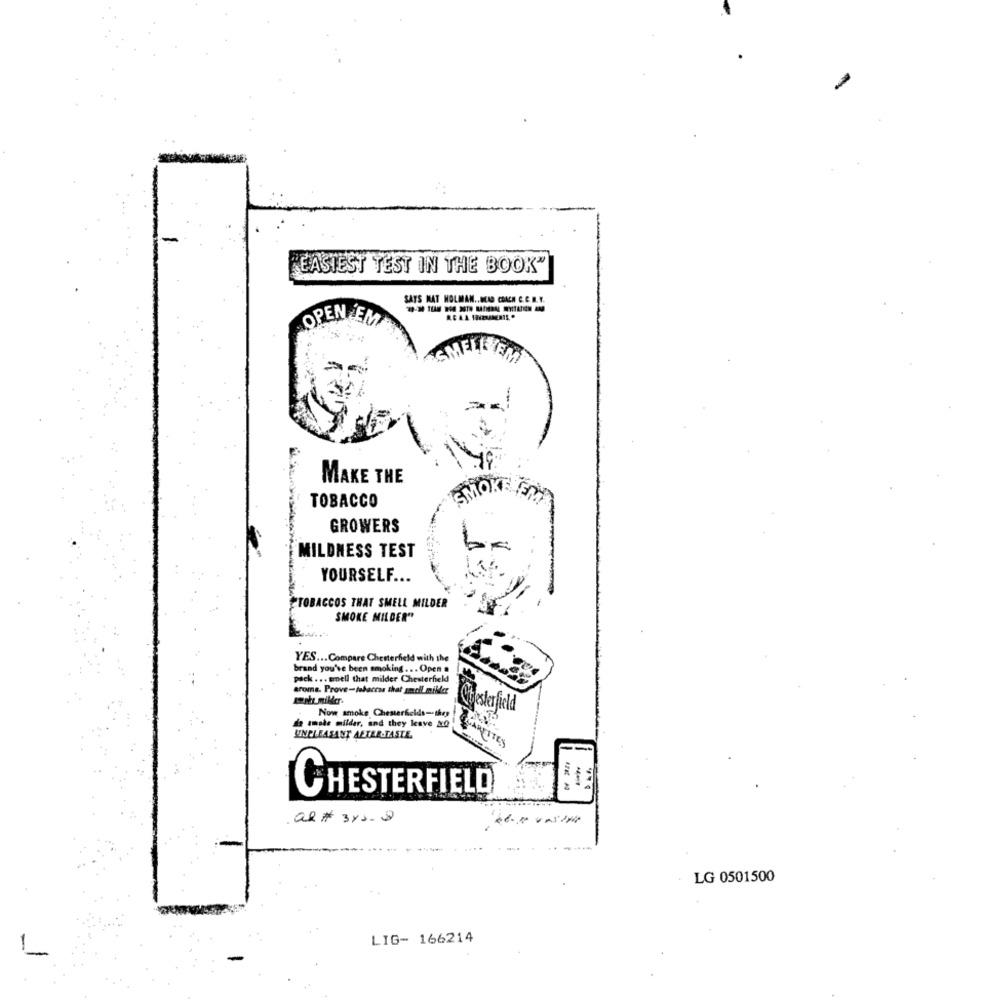
-
EASIEST TEST IN THE BOOK"
SATS MAT HOLMAN .. MCAD COACH C.C.N.Y.
OPEN EMP
SMELLYEM
MAKE THE
JOKE
TOBACCO
GROWERS
MILDNESS TEST
YOURSELF ...
CCOS THAT SMELL MILDER
SMOKE MILDER"
YES ... Compare Chesterfield with the
brand you've been smoking ... Open a
pack ... smell that milder Chesterfield
aroma. Prove-tabaccas that padl miller
Now smoke Chesterfields-they
Chesterfield
de smale milder, and they leave NO
UNPLEASANT AFTER-TASTE.
CARPETES
-
CHESTERFIELD
al # 345.2
- -
LG 0501500
LIG- 166214